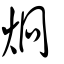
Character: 炯